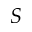
S